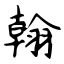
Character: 翰